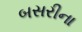
બસરીના